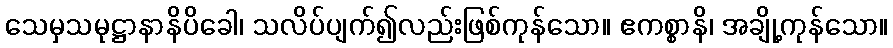
သေမှသမုဋ္ဌာနာနိပိခေါ၊ သလိပ်ပျက်၍လည်းဖြစ်ကုန်သော။ ဧကစ္စာနိ၊ အချို့ကုန်သော။